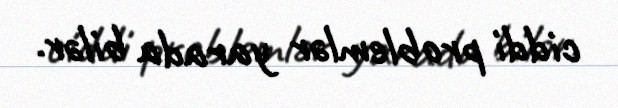
ciddi problemlər yarada bilər.